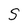
Character: S